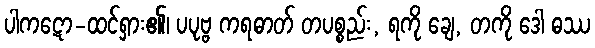
ပါကဋော-ထင်ရှား၏၊ ပပုဗ္ဗ ကရဓာတ် တပစ္စည်း, ရကို ချေ, တကို ဒေါ ဓဿ